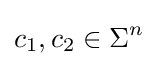
c_{1},c_{2}\in \Sigma ^{n}